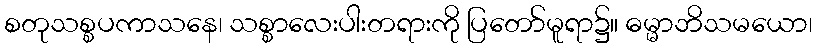
စတုသစ္စပကာသနေ၊ သစ္စာလေးပါးတရားကို ပြတော်မူရာ၌။ ဓမ္မာဘိသမယော၊